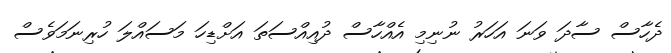
ދެހާސް ސާދަ ވަނަ އަހަރު ނުނިމި އެއްހާސް ދުއިއްސަތަ އަށްޑިހަ މަސައްލަ ހުރިނަމަވެސް